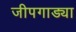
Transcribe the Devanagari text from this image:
जीपगाड्या